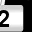
Digit: 2